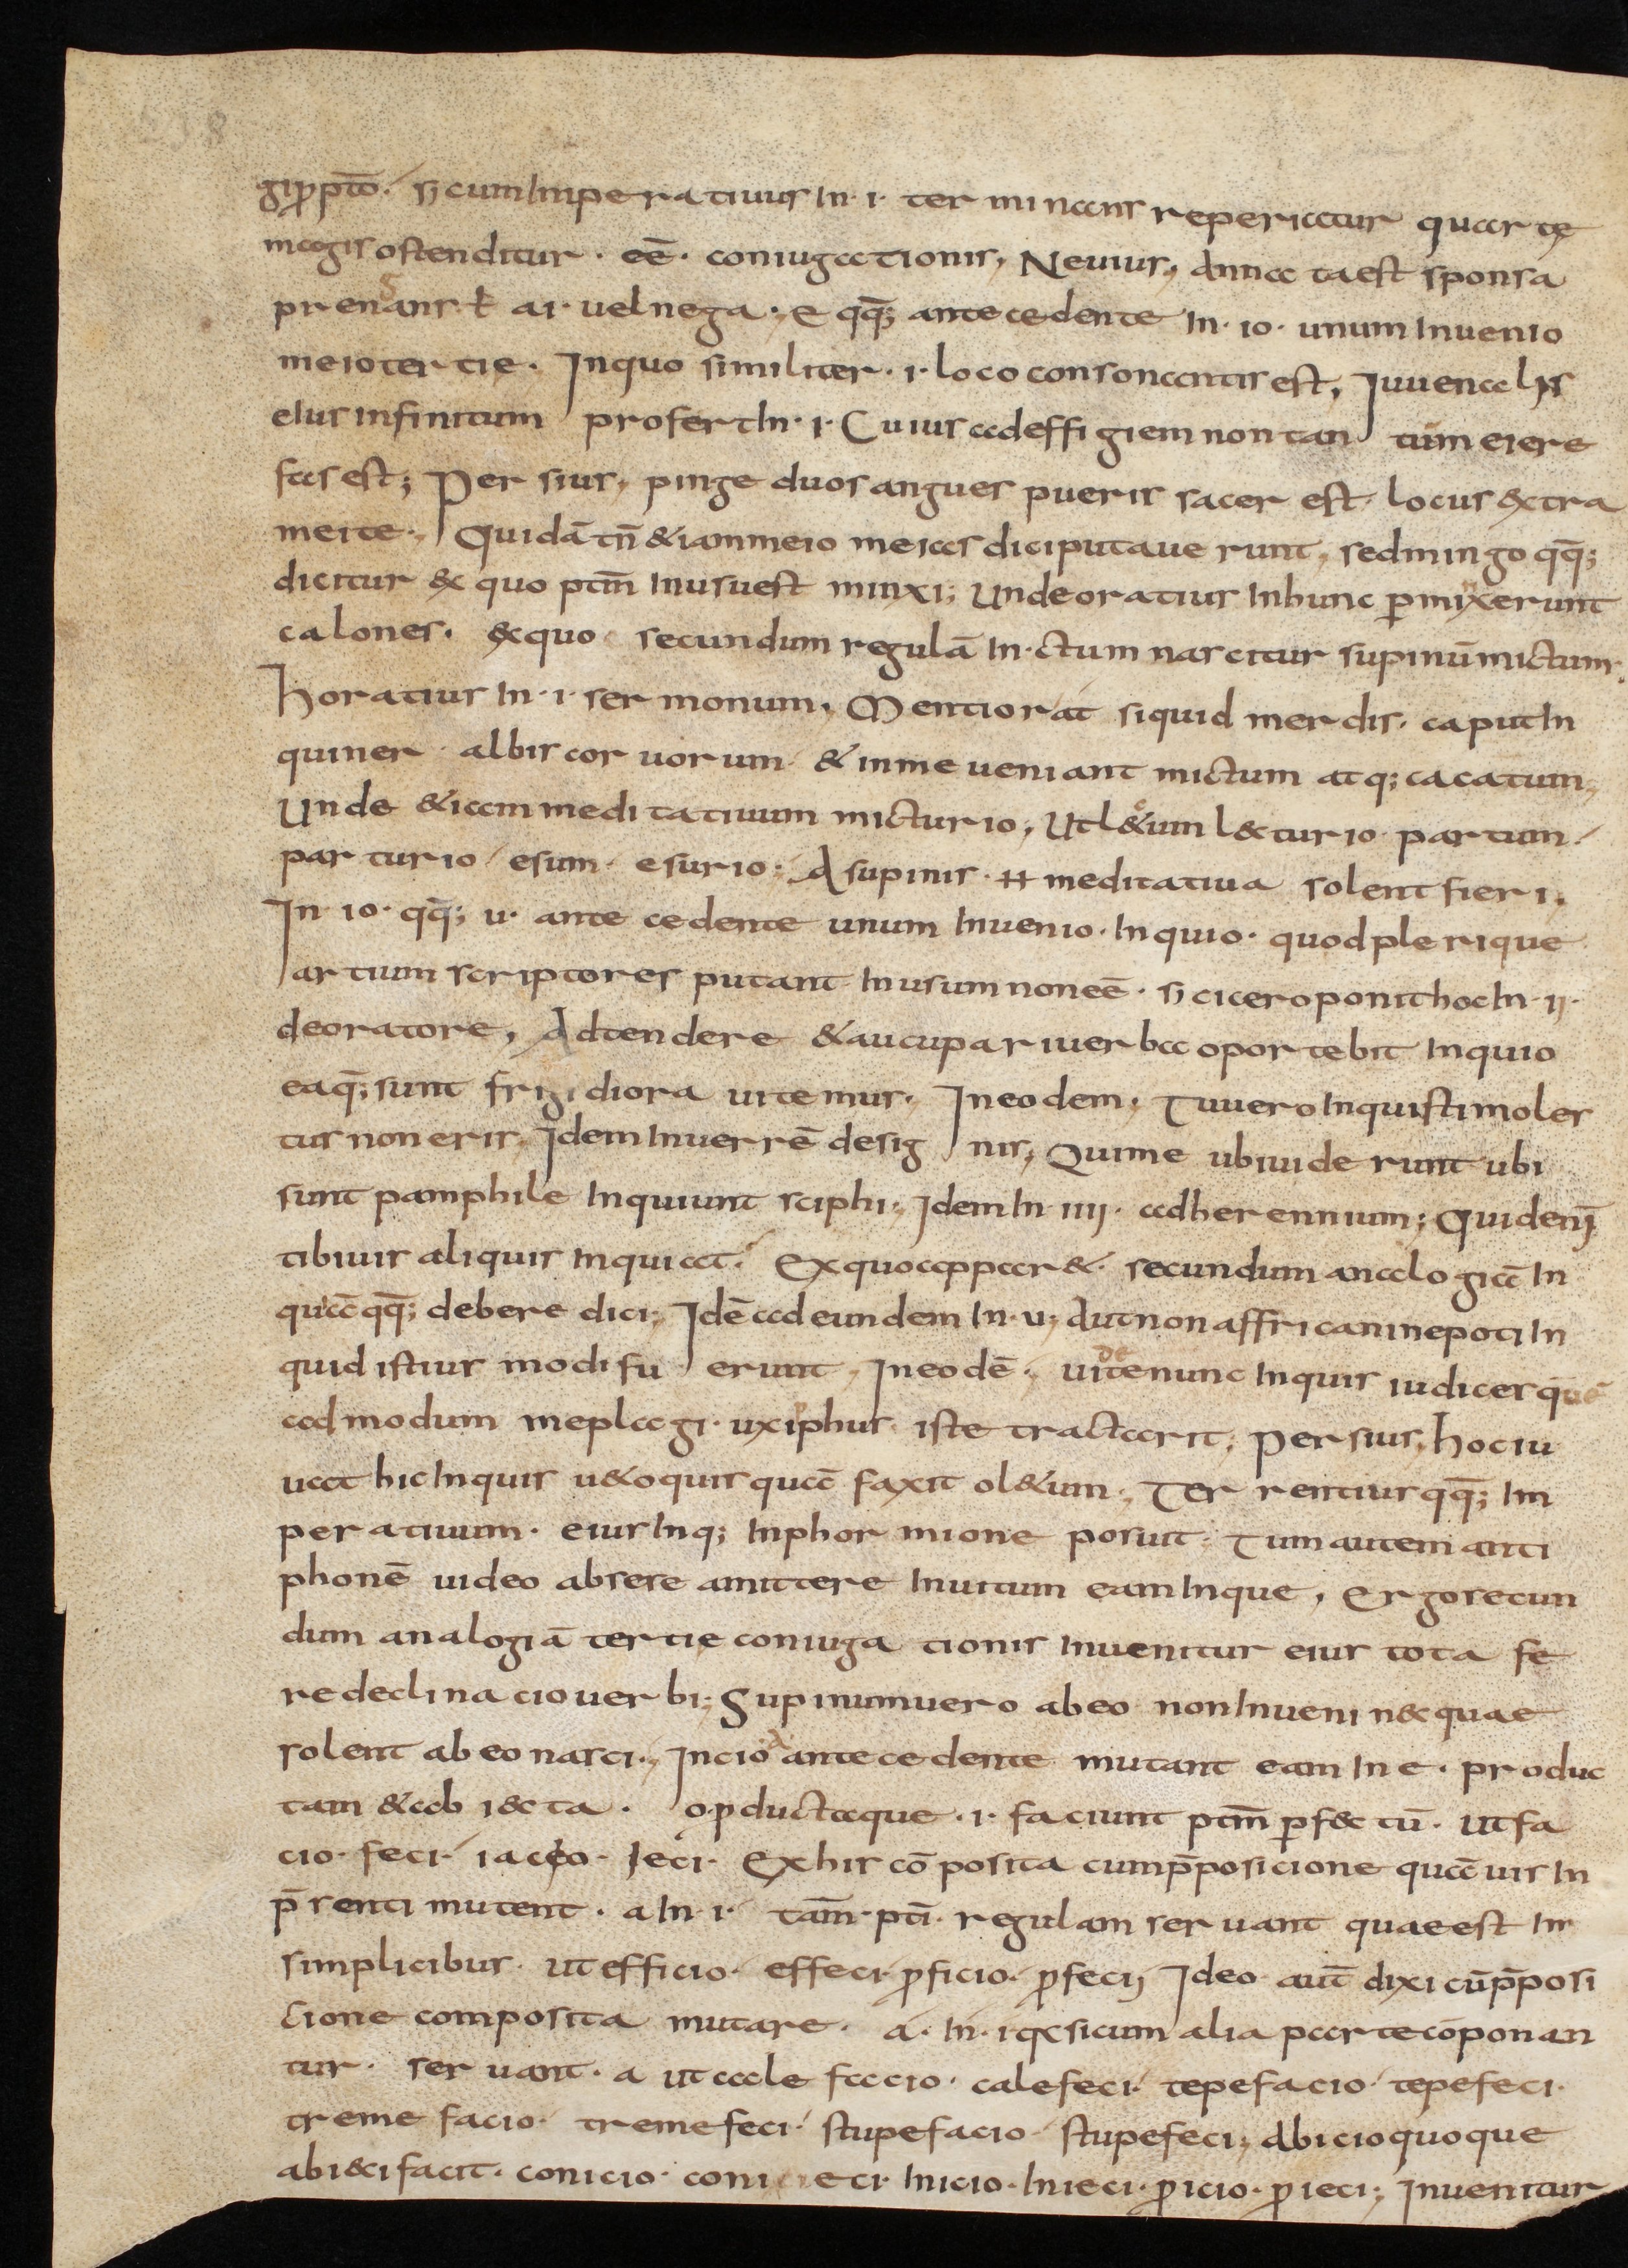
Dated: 900–999